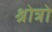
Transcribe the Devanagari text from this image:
श्रोत्रो